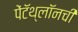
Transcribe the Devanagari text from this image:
पेंटॅथ्लॉनची